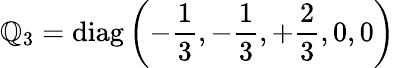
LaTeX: \mathbb{Q}_{3}=\mathrm{{diag}}\left(-{\frac{{1}}{{3}}},-{\frac{{1}}{{3}}},+{\frac{{2}}{{3}}},0,0\right)